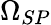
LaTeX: {\Omega}_{SP}